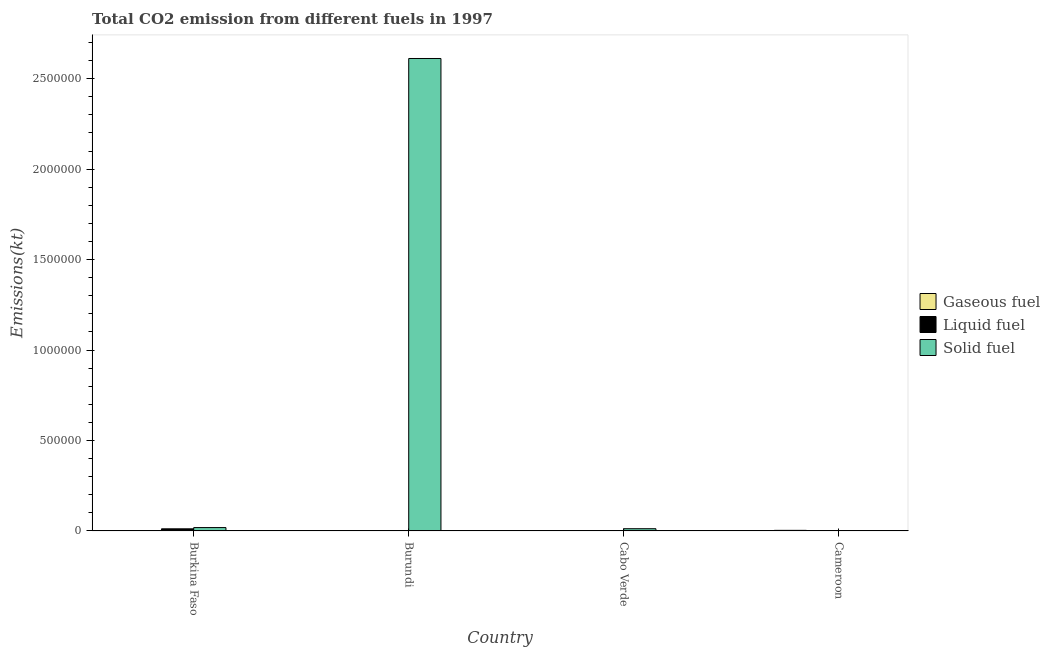
| Country | Gaseous fuel | Liquid fuel | Solid fuel |
 | --- | --- | --- | --- |
 | Burkina Faso | 807 | 1.17e+04 | 1.86e+04 |
 | Burundi | 304 | 788 | 2.61e+06 |
 | Cabo Verde | 143 | 290 | 1.23e+04 |
 | Cameroon | 3.22e+03 | 1.47e+03 | 862 |